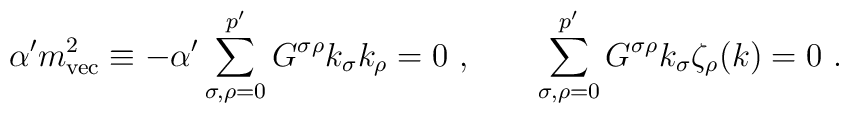
\alpha^{\prime} m^{2}_{\rm vec}  \equiv -\alpha^{\prime}\sum_{\sigma,\rho=0}^{p^{\prime}}    G^{\sigma\rho}k_{\sigma}k_{\rho}=0~,\qquad \sum_{\sigma,\rho=0}^{p^{\prime}}   G^{\sigma\rho}k_{\sigma}\zeta_{\rho}(k)=0~.